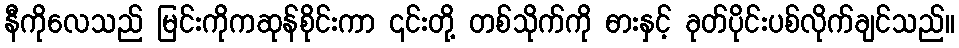
နီကိုလေသည် မြင်းကိုကဆုန်စိုင်းကာ ၎င်းတို့ တစ်သိုက်ကို ဓားနှင့် ခုတ်ပိုင်းပစ်လိုက်ချင်သည်။